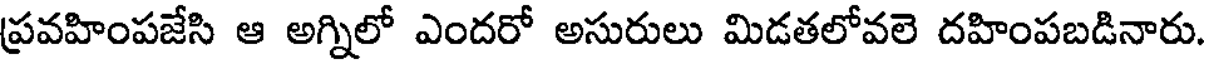
ప్రవహింపజేసి ఆ అగ్నిలో ఎందరో అసురులు మిడతలోవలె దహింపబడినారు.